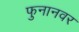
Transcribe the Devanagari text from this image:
फुनानवर